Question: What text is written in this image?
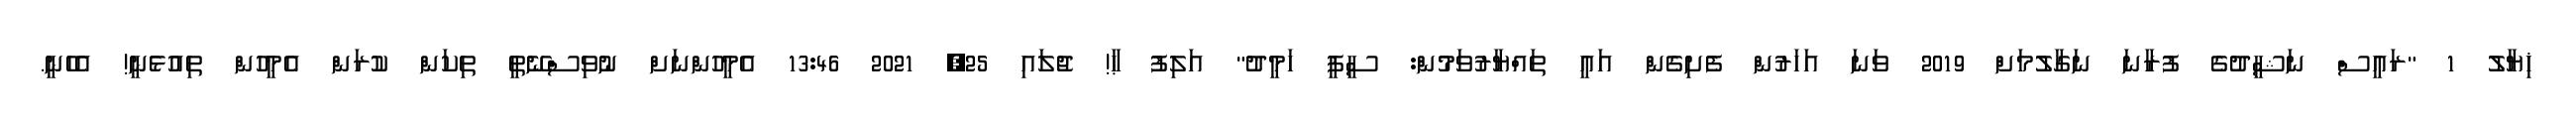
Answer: ޚިޔާލު 1 "ރައީސް ނަޝީދުގެ ފުރާނަ ނަގާލުމަށް 2019 ވަނަ އަހަރުން ފެށިގެން އައީ ތައްޔާރުވަމުން: ސީޕީ ހަމީދު" އަލިފު ޙާ! ޖުލައި 25, 2021 13:46 އެމީހުންނަށް ނުވިސްނޭތީ ތިކަން ކުރަން އެމީހުން ތިއުޅެނީ! އެހެނީ.